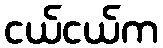
ငယ်ငယ်က